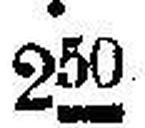
250